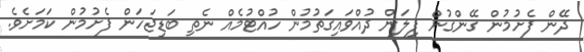
ދޭން ފެށުމުން ގޭންގުން ފިލަން ދުއްވައިގަތުމުން ހުއްޓުމެއް ނެތި ބަޑިޖަހަން ފެށުމުން ކަމަށެވެ.